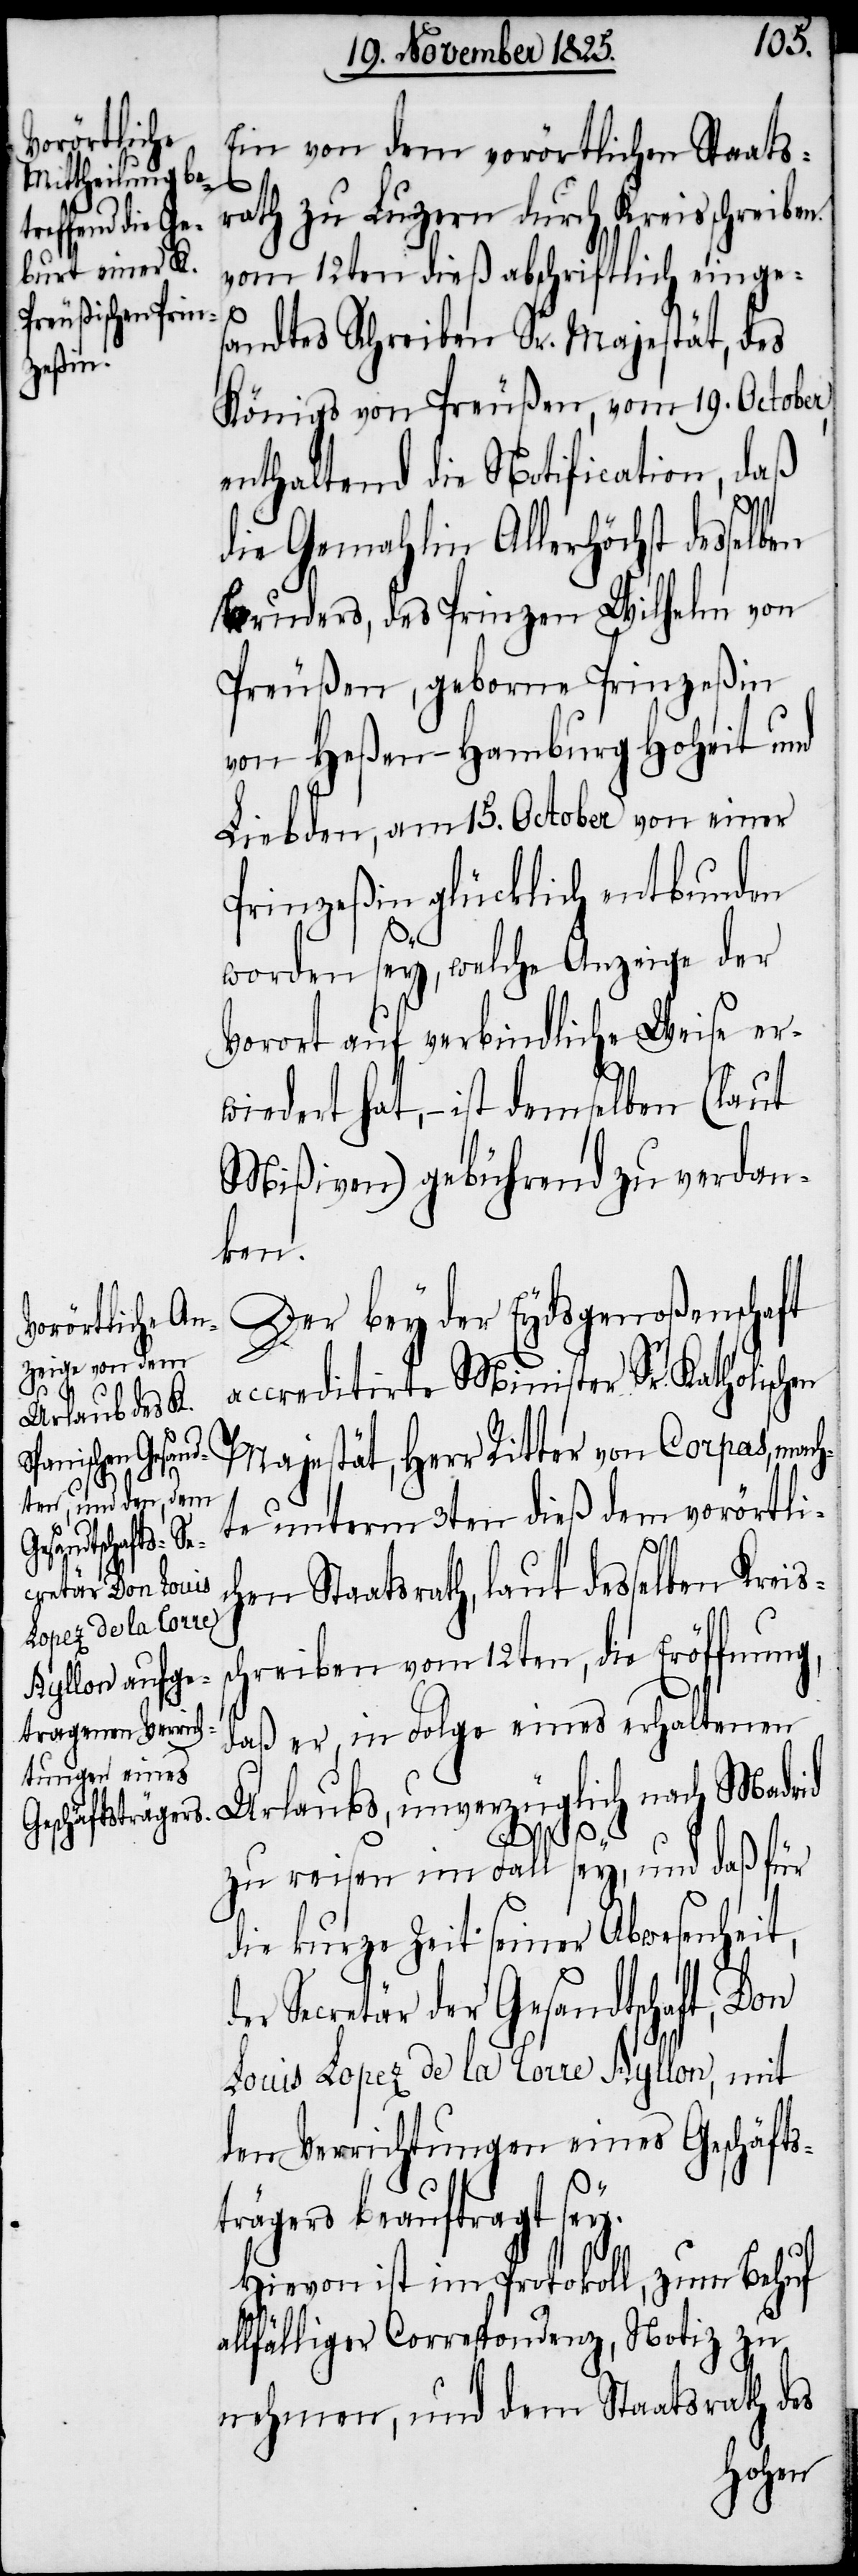
Ein von dem vorörtlichen Staats¬
rath zu Luzern durch Kreisschreiben
vom 12ten dieß abschriftlich einge¬
sandtes Schreiben Sr. Majestät, des
Königs von Preußen, vom 19. October,
enthaltend die Notification, daß
die Gemahlin Allerhöchst desselben
Bruders, des Prinzen Wilhelm von
Preußen, geborne Prinzeßin
von Heßen-Hamburg Hoheit und
Liebden, am 15. October von einer
Prinzeßin glücklich entbunden
worden sey, welche Anzeige der
Vorort auf verbindliche Weise er¬
wiedert hat, – ist demselben (laut
Mißiven) gebührend zu verdan¬
ken.
Der bey der Eydsgenoßenschaft
accreditirte Minister Sr. Katholischen
Urlaubs, unve¬
Majestät, Herr Ritter von Corpas, mach¬
te unterm 3ten dieß dem vorörtlic¬
hen Staatsrath, laut desselben Kreis¬
schreiben vom 12ten, die Eröffnung,
daß er, in Folge eines erhaltenen
glich nach Madrid
d¬
und daß für
rzü¬
zu reisen im Fall
die kurze Zeit seiner Abwesenheit,
er Secretär der Gesandtschaft, Don
Louis Lopez de la Lorre Ayllon, mit
den Verrichtungen eines Geschäfts¬
trägers beauftragt sey.
Hievon ist im Protokoll, zum Behuf
allfälliger Correspondenz, Notiz zu
nehmen, und dem Staatsrath des